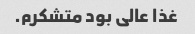
غذا عالی بود متشکرم.